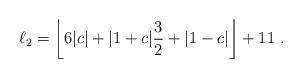
LaTeX: \begin{align*} \ell_2 = \left\lfloor 6|c| + |1+c| \frac{3}{2} + |1-c| \right\rfloor +11~. \end{align*}